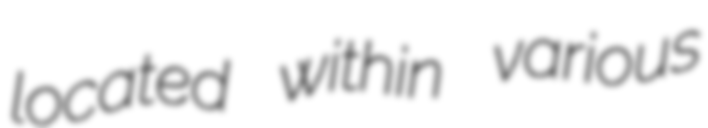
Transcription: located within various